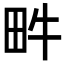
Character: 𤰼